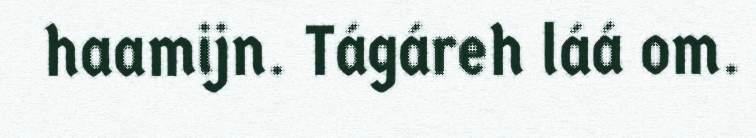
haamijn. Tágáreh láá om.